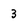
Character: 3